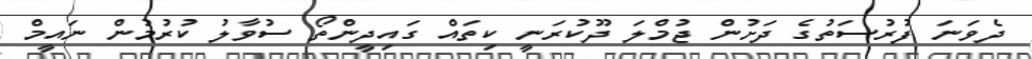
ދެވަނަ ފުރުސަތުގެ ދަށުން ޖުމްލަ ދޫކުރަނީ ކިތައް ގައިދީންތޯ ސުވާލު ކުރުމުން ނައީމް